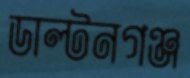
ডাল্টনগঞ্জ